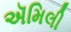
ઍમિલી